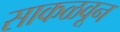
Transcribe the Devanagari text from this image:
साकळवून